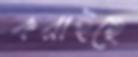
করাইছে